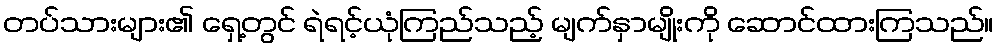
တပ်သားများ၏ ရှေ့တွင် ရဲရင့်ယုံကြည်သည့် မျက်နှာမျိုးကို ဆောင်ထားကြသည်။